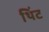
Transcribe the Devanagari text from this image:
थिंट